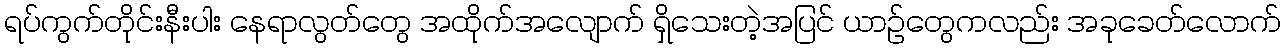
ရပ်ကွက်တိုင်းနီးပါး နေရာလွတ်တွေ အထိုက်အလျောက် ရှိသေးတဲ့အပြင် ယာဉ်တွေကလည်း အခုခေတ်လောက်